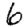
Digit: 6